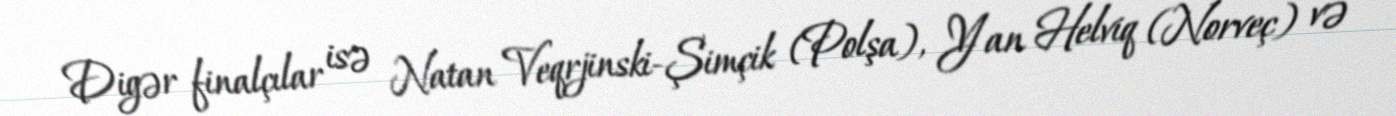
Digər finalçılar isə Natan Veqrjinski-Şimçik (Polşa), Yan Helviq (Norveç) və